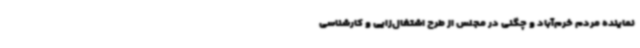
نماینده مردم خرم‌آباد و چگنی در مجلس از طرح اشتغال‌زایی و کارشناسی